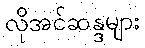
လိုအင်ဆန္ဒများ